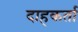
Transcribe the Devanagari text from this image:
दाहकर्ता